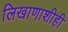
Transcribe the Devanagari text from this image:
लिखाणाशीही